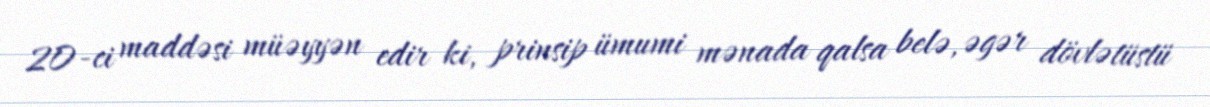
20-ci maddəsi müəyyən edir ki, prinsip ümumi mənada qalsa belə, əgər dövlətüstü